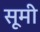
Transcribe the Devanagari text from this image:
सूमी